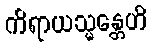
ကိရာယသ္မန္တေဟိ